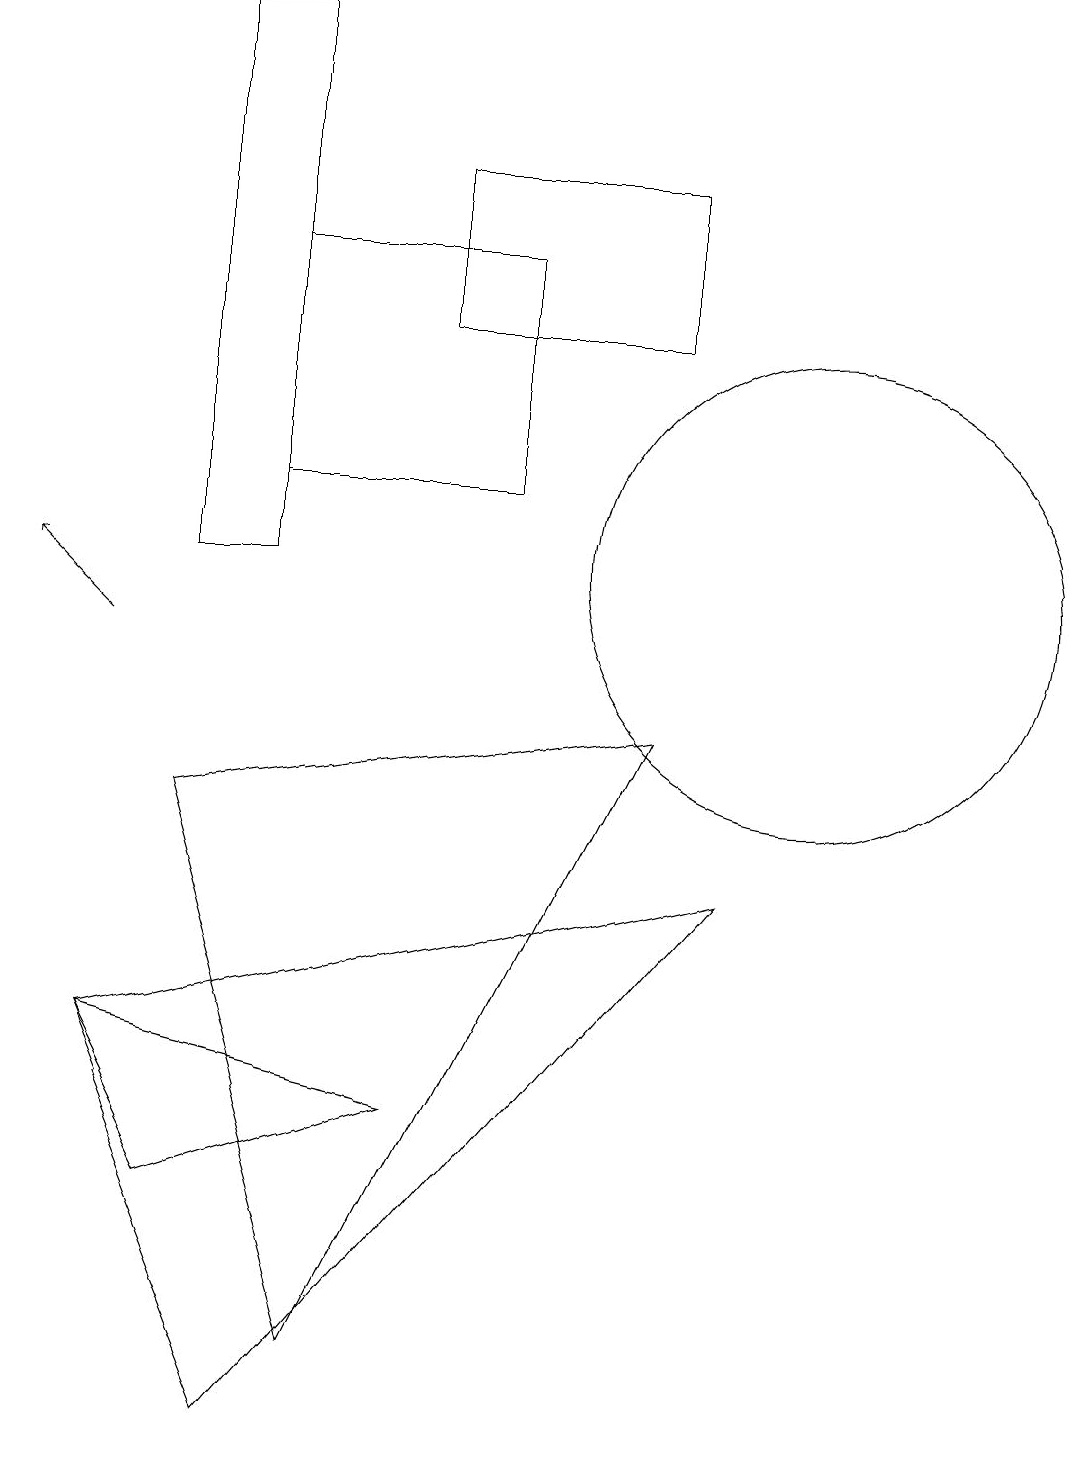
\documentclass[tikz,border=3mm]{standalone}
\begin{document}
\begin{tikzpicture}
\draw (8,14) rectangle (5,16);
\draw (2,3) -- (5,4) -- (1,5) -- cycle;
\draw[->] (1,10) -- (0,11);
\draw (9,7) -- (1,5) -- (3,0) -- cycle;
\draw (4,1) -- (8,9) -- (2,8) -- cycle;
\draw (6,12) rectangle (3,15);
\draw (10,11) circle (3);
\draw (2,18) rectangle (3,11);
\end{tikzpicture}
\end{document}